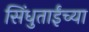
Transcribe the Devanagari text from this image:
सिंधुताईंच्या